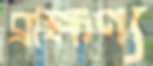
ব্রাহ্মণ্য